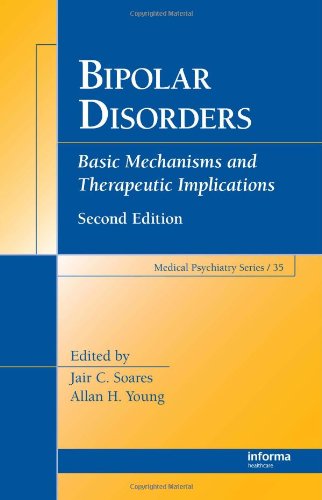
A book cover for Bipolar Disorders: Basic Mechanisms and Therapeutic Implications (Medical Psychiatry Series); Health, Fitness & Dieting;